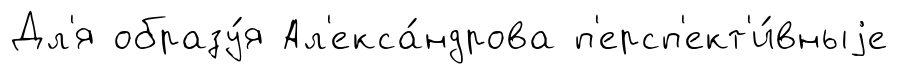
Дл'я образу́я Ал'екса́ндрова п'ерсп'ект'и́вныjе